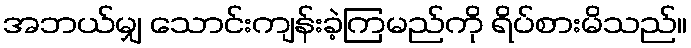
အဘယ်မျှ သောင်းကျန်းခဲ့ကြမည်ကို ရိပ်စားမိသည်။